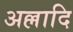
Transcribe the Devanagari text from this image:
अल्लादि